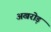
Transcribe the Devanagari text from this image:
अखरोड़